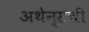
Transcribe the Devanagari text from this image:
अथेन्सची